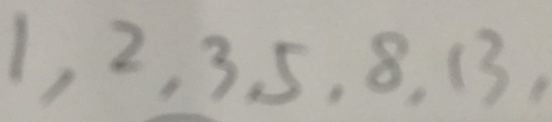
1 , 2 , 3 , 5 , 8 , 1 3 ,